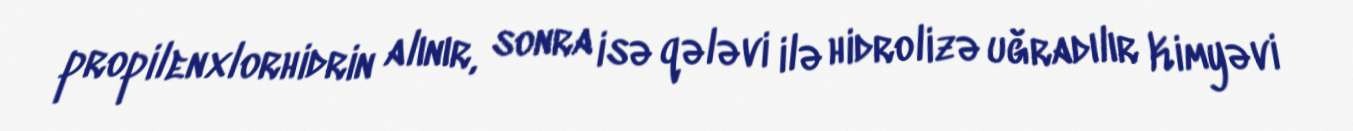
propilenxlorhidrin alınır, sonra isə qələvi ilə hidrolizə uğradılır Kimyəvi